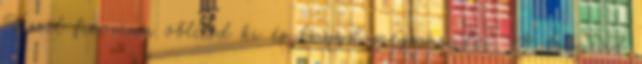
Vízzel finoman öblítsd ki és hagyd megszáradni. A frizurád